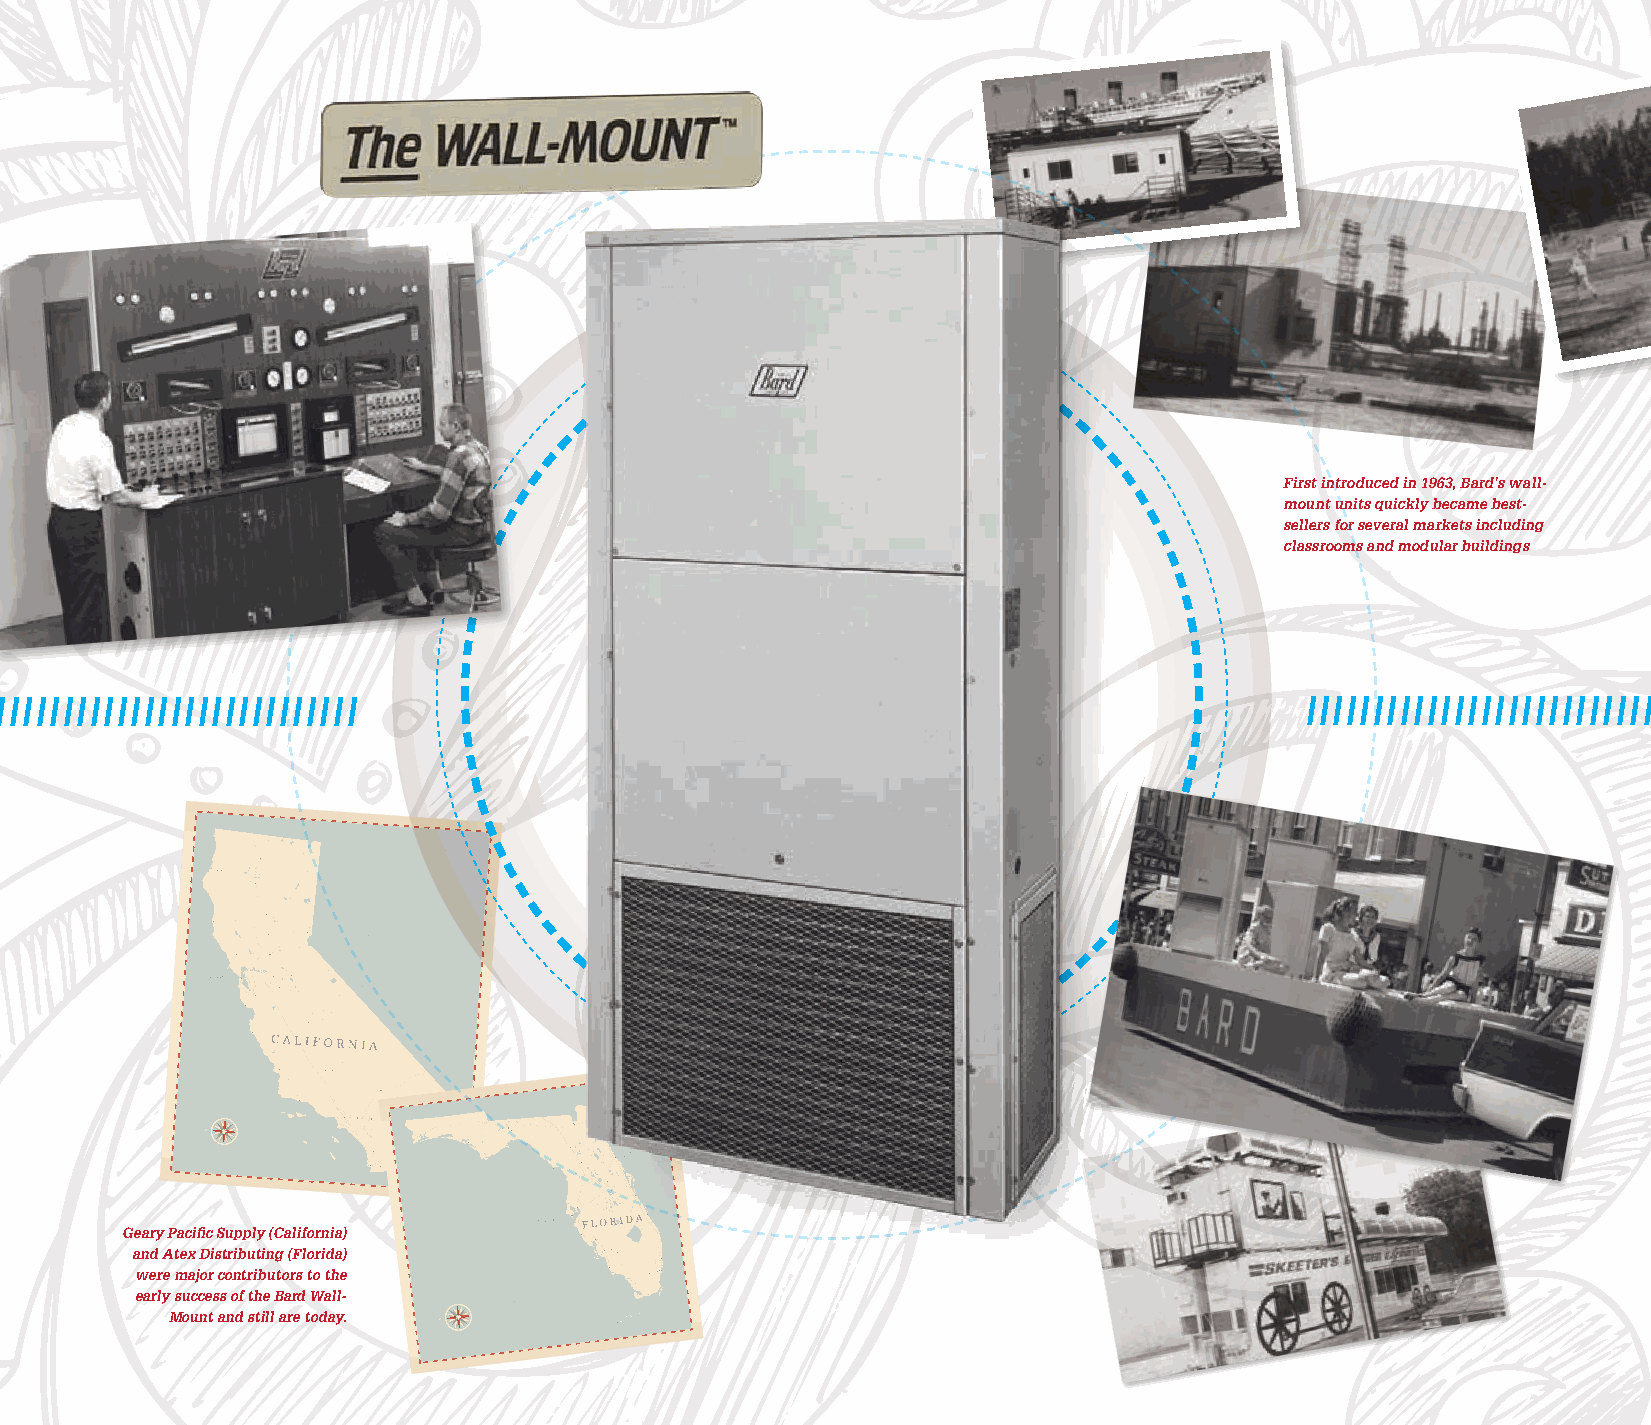
First introduced in 1963, Bard’s wall-
 mount units quickly became best-
 sellers for several markets including
 classrooms and modular buildings
 / / / / / / / / / / / / / / / / / / / / / / / / / / / / /                              / / / / / / / / / / / / / / / / / / / / / / / / / / / / / / / / / / / / / / / / / / / / / / / / / / / / / / / / / / / / / / / / / / / / / / / / / / / / / / / / / / / / / / / / / / / / / / / / / / / / / / / / / / / / / / / / / / / / / / / / / / / / / / / / / / / / / / / / / / / /
 Geary Pacific Supply (California)
 and Atex Distributing (Florida)
 were major contributors to the
 early success of the Bard Wall-
 Mount and still are today.